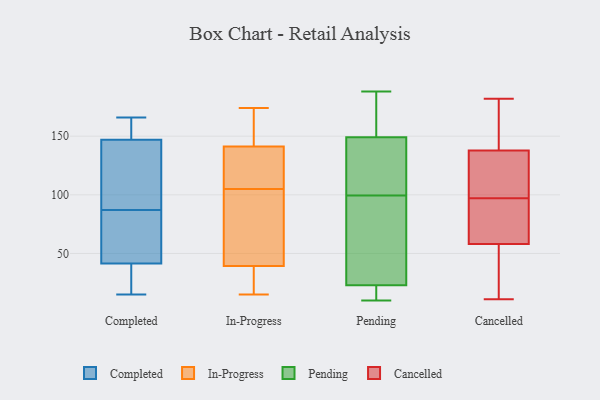
{"axis": {"x": "Page Views", "y": "Value"}, "legend": ["Cancelled", "Completed", "In-Progress", "Pending"], "data": [{"x": "", "y": 162, "type": "Completed"}, {"x": "", "y": 155, "type": "Completed"}, {"x": "", "y": 96, "type": "Completed"}, {"x": "", "y": 36, "type": "Completed"}, {"x": "", "y": 89, "type": "Completed"}, {"x": "", "y": 166, "type": "Completed"}, {"x": "", "y": 74, "type": "Completed"}, {"x": "", "y": 123, "type": "Completed"}, {"x": "", "y": 26, "type": "Completed"}, {"x": "", "y": 159, "type": "Completed"}, {"x": "", "y": 15, "type": "Completed"}, {"x": "", "y": 110, "type": "Completed"}, {"x": "", "y": 15, "type": "Completed"}, {"x": "", "y": 39, "type": "Completed"}, {"x": "", "y": 57, "type": "Completed"}, {"x": "", "y": 49, "type": "Completed"}, {"x": "", "y": 166, "type": "Completed"}, {"x": "", "y": 87, "type": "Completed"}, {"x": "", "y": 75, "type": "Completed"}, {"x": "", "y": 37, "type": "In-Progress"}, {"x": "", "y": 134, "type": "In-Progress"}, {"x": "", "y": 135, "type": "In-Progress"}, {"x": "", "y": 174, "type": "In-Progress"}, {"x": "", "y": 48, "type": "In-Progress"}, {"x": "", "y": 168, "type": "In-Progress"}, {"x": "", "y": 84, "type": "In-Progress"}, {"x": "", "y": 108, "type": "In-Progress"}, {"x": "", "y": 35, "type": "In-Progress"}, {"x": "", "y": 40, "type": "In-Progress"}, {"x": "", "y": 141, "type": "In-Progress"}, {"x": "", "y": 51, "type": "In-Progress"}, {"x": "", "y": 105, "type": "In-Progress"}, {"x": "", "y": 26, "type": "In-Progress"}, {"x": "", "y": 142, "type": "In-Progress"}, {"x": "", "y": 151, "type": "In-Progress"}, {"x": "", "y": 15, "type": "In-Progress"}, {"x": "", "y": 21, "type": "Pending"}, {"x": "", "y": 22, "type": "Pending"}, {"x": "", "y": 16, "type": "Pending"}, {"x": "", "y": 149, "type": "Pending"}, {"x": "", "y": 73, "type": "Pending"}, {"x": "", "y": 107, "type": "Pending"}, {"x": "", "y": 88, "type": "Pending"}, {"x": "", "y": 121, "type": "Pending"}, {"x": "", "y": 128, "type": "Pending"}, {"x": "", "y": 92, "type": "Pending"}, {"x": "", "y": 10, "type": "Pending"}, {"x": "", "y": 48, "type": "Pending"}, {"x": "", "y": 158, "type": "Pending"}, {"x": "", "y": 188, "type": "Pending"}, {"x": "", "y": 123, "type": "Pending"}, {"x": "", "y": 180, "type": "Pending"}, {"x": "", "y": 177, "type": "Pending"}, {"x": "", "y": 23, "type": "Pending"}, {"x": "", "y": 97, "type": "Cancelled"}, {"x": "", "y": 139, "type": "Cancelled"}, {"x": "", "y": 96, "type": "Cancelled"}, {"x": "", "y": 61, "type": "Cancelled"}, {"x": "", "y": 57, "type": "Cancelled"}, {"x": "", "y": 82, "type": "Cancelled"}, {"x": "", "y": 16, "type": "Cancelled"}, {"x": "", "y": 46, "type": "Cancelled"}, {"x": "", "y": 40, "type": "Cancelled"}, {"x": "", "y": 141, "type": "Cancelled"}, {"x": "", "y": 114, "type": "Cancelled"}, {"x": "", "y": 113, "type": "Cancelled"}, {"x": "", "y": 134, "type": "Cancelled"}, {"x": "", "y": 11, "type": "Cancelled"}, {"x": "", "y": 171, "type": "Cancelled"}, {"x": "", "y": 117, "type": "Cancelled"}, {"x": "", "y": 66, "type": "Cancelled"}, {"x": "", "y": 182, "type": "Cancelled"}, {"x": "", "y": 156, "type": "Cancelled"}]}